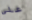
علي